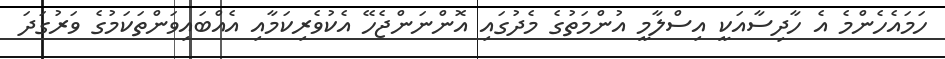
ހަމައެހެންމެ އެ ހާދިސާއަކީ އިސްލާމީ އުންމަތުގެ މެދުގައި އޮންނަންޖެހޭ އެކުވެރިކަމާއި އެއްބައިވަންތަކަމުގެ ވަރުގަދަ